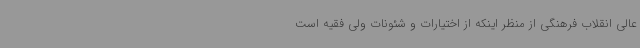
عالی انقلاب فرهنگی از منظر اینکه از اختیارات و شئونات ولی فقیه است